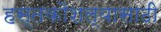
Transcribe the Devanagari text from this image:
हस्तकौशल्यासाठी